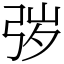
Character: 㢷